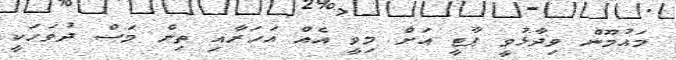
މައުމޫން ވިދާޅުވީ ޕާޓީ އަށް މިވީ އެއް އަހަރާއި ތިން މަސް ދުވަހަކީ